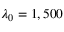
\lambda _ { 0 } = 1 , 5 0 0